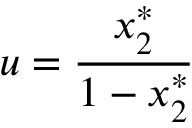
u = \frac { x _ { 2 } ^ { * } } { 1 - x _ { 2 } ^ { * } }